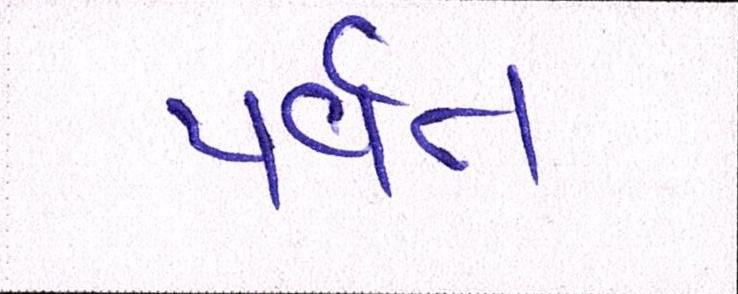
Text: પર્વત